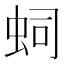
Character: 𧉠